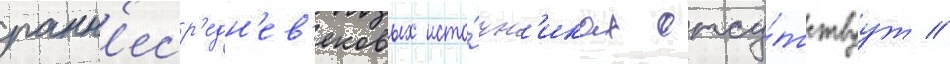
ранн'еср'едн'ев'ековых исто́чн'иках отсу́тствуут //